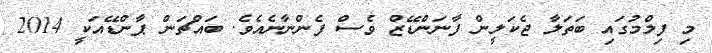
މި ފިލްމުގައި ބަތަލާ ޖެކަލީން ފާނަންޑޭޒް ވެސް ފެންނާނެއެވެ. ބައްޗަން ޕާންޑޭއަކީ 2014